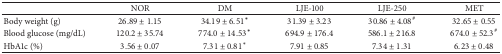
|  | NOR | DM | LJE-100 | LJE-250 | MET |
 | --- | --- | --- | --- | --- | --- |
 | Body weight (g) | 26.89 ± 1.15 | 34.19 ± 6.51* | 31.39 ± 3.23 | 30.86 ± 4.08# | 32.65 ± 0.55 |
 | Blood glucose (mg/dL) | 120.2 ± 35.74 | 774.0 ± 14.53* | 694.9 ± 176.4 | 586.1 ± 216.8 | 674.0 ± 52.3# |
 | HbA1c (%) | 3.56 ± 0.07 | 7.31 ± 0.81* | 7.91 ± 0.85 | 7.34 ± 1.31 | 6.23 ± 0.48 |